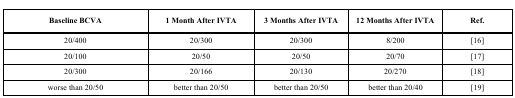
<table><thead><tr><td><b>Baseline BCVA</b></td><td><b>1 Month After IVTA</b></td><td><b>3 Months After IVTA</b></td><td><b>12 Months After IVTA</b></td><td><b>Ref.</b></td></tr></thead><tbody><tr><td>20/400</td><td>20/300</td><td>20/300</td><td>8/200</td><td>[16]</td></tr><tr><td>20/100</td><td>20/50</td><td>20/50</td><td>20/70</td><td> [17]</td></tr><tr><td>20/300</td><td>20/166</td><td>20/130</td><td>20/270</td><td> [18]</td></tr><tr><td>worse than 20/50</td><td>better than 20/50</td><td>better than 20/50</td><td>better than 20/40</td><td> [19]</td></tr></tbody></table>